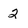
Character: 2